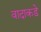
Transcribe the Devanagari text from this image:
वादाकडे